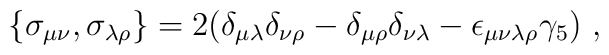
\{\sigma_{\mu\nu},\sigma_{\lambda\rho}\}=2(\delta_{\mu\lambda}\delta_{\nu\rho}-\delta_{\mu\rho}\delta_{\nu\lambda}-\epsilon_{\mu\nu\lambda\rho}\gamma_5) \ ,